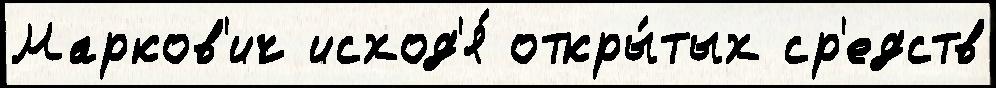
Марков'ич исход'я́ откры́тых ср'едств